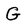
Character: G